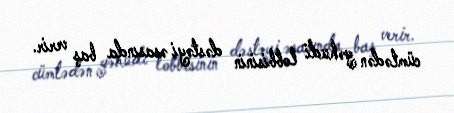
cümlədən yəhudi lobbisinin dəstəyi əsasında baş verir.